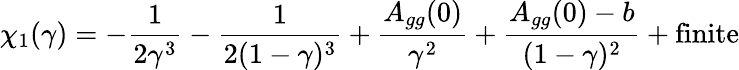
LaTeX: \chi_{1}(\gamma)=-\frac{1}{2\gamma^{3}}-\frac{1}{2(1-\gamma)^{3}}+\frac{A_{gg}(0)}{\gamma^{2}}+\frac{A_{gg}(0)-b}{(1-\gamma)^{2}}+\mathrm{finite}